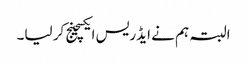
البتہ ہم نے ایڈریس ایکسچینج کر لیا۔